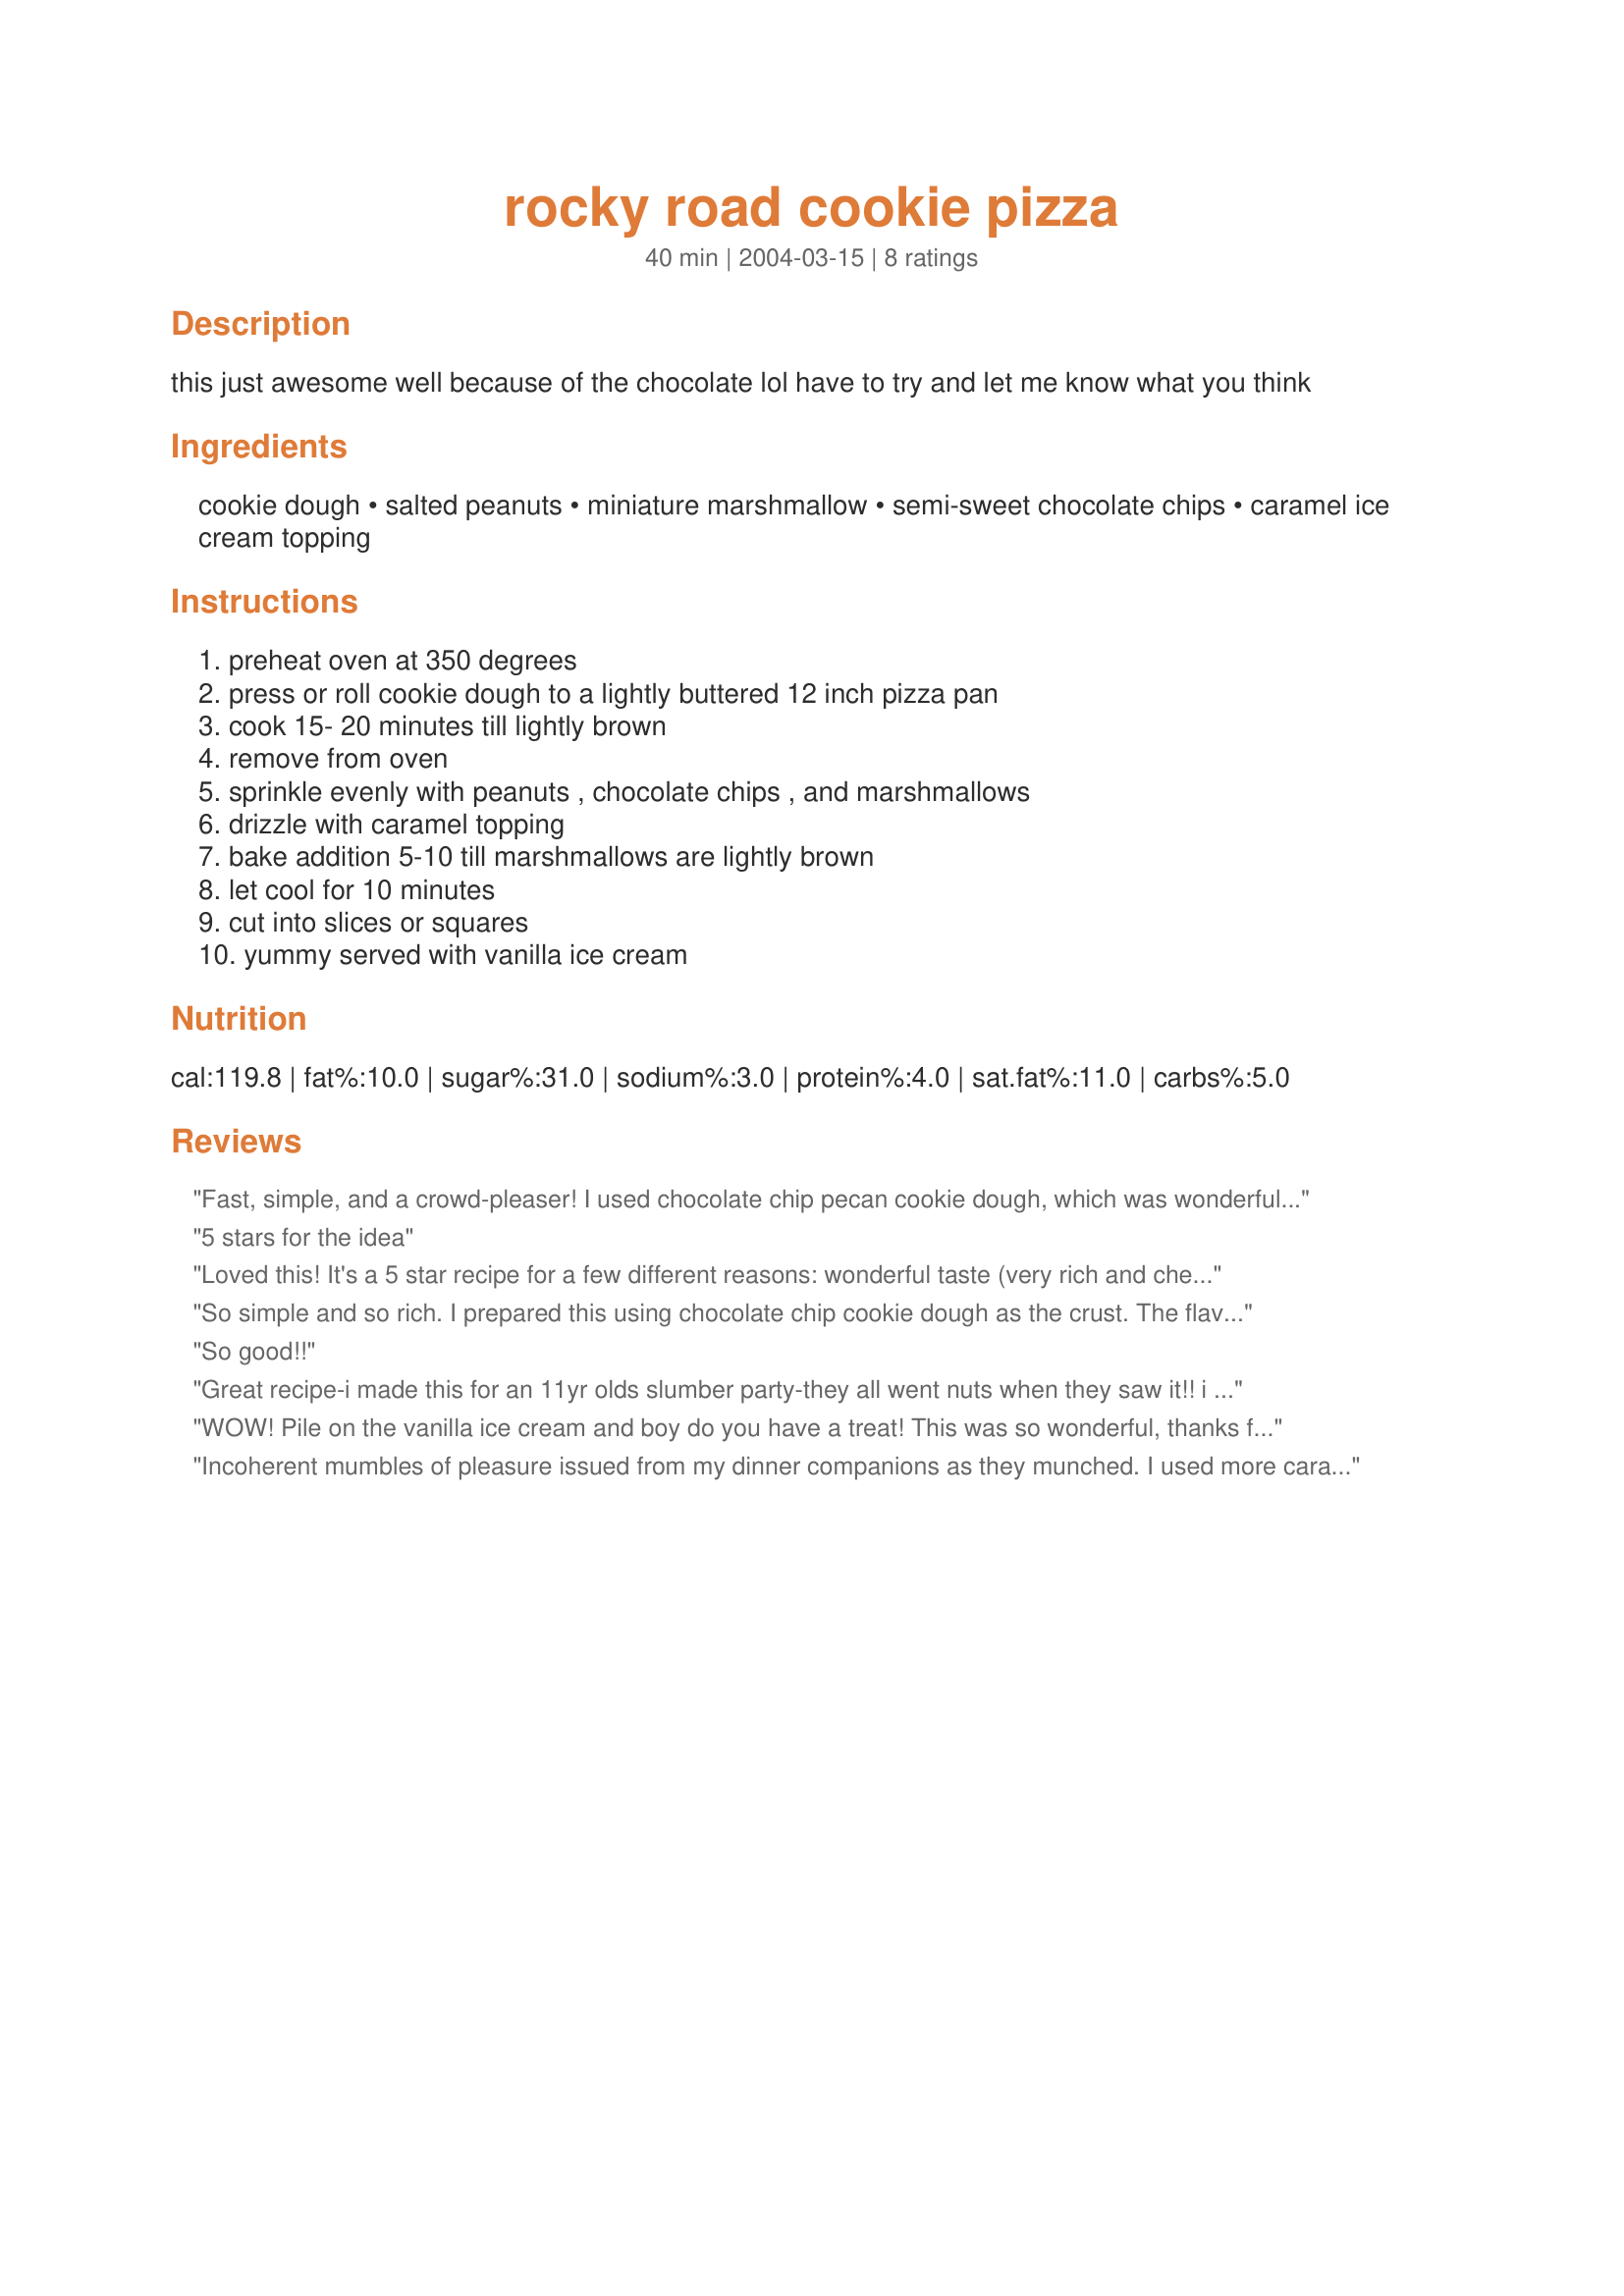
rocky road cookie pizza
Preparation time: 40 minutes

this just awesome well because of the chocolate lol have to try and let me know what you think

Ingredients:
cookie dough, salted peanuts, miniature marshmallow, semi-sweet chocolate chips, caramel ice cream topping

Steps:
preheat oven at 350 degrees, press or roll cookie dough to a lightly buttered 12 inch pizza pan, cook 15- 20 minutes till lightly brown, remove from oven, sprinkle evenly with peanuts , chocolate chips , and marshmallows, drizzle with caramel topping, bake addition 5-10 till marshmallows are lightly brown, let cool for 10 minutes, cut into slices or squares, yummy served with vanilla ice cream

Reviews:
Fast, simple, and a crowd-pleaser! I used chocolate chip pecan cookie dough, which was wonderful with the rest of the toppings, and let the roll of dough warm on the counter for about 30 min to make it easier to spread in the pan. I was using a new stone pizza pan and was grateful for the input of the other reviewer re: retained heat in a pizza stone. I decided to make it a few hours ahead and it worked perfectly. We didn't end up putting ice cream on it, but that would be really good, especially if you serve it warm (or reheat the pieces). Thanks so much for posting a wonderful speedy dessert!
5 stars for the idea
Loved this! It's a 5 star recipe for a few different reasons: wonderful taste (very rich and chewy), super quick & simple to prepare and very yummy looking! I made mine in an 8 x 8 Pyrex dish instead of a pizza pan and it turned out just fine.
So simple and so rich. I prepared this using chocolate chip cookie dough as the crust. The flavor combo is excellent, and small slices are more than sufficient. I did find that after only 10 minutes of cooling, my pizza stone still held a lot of heat, and did not allow for neat slices of the pizza to be removed. However, the flavor of this pizza is still good when made well in advance and allowed to cool completely...and slicing is much easier. ;) We didn't serve with vanilla ice cream, but that would be a great addition to this dessert.
So good!!
Great recipe-i made this for an 11yr olds slumber party-they all went nuts when they saw it!!
i made the base from scratch with a basic cookie dough and used jersey caramels brocken up instead of topping-SO GOOD
WOW! Pile on the vanilla ice cream and boy do you have a treat! This was so wonderful, thanks for posting it :)
Incoherent mumbles of pleasure issued from my dinner companions as they munched. I used more caramel -- 1/3 cup doesn't go very far.
